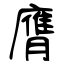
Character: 膺